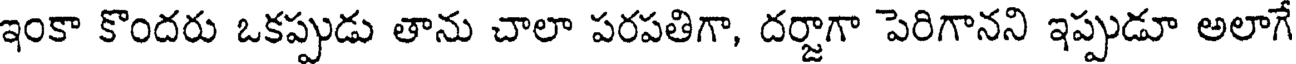
ఇంకా కొందరు ఒకప్పుడు తాను చాలా పరపతిగా, దర్జాగా పెరిగానని ఇప్పుడూ అలాగే